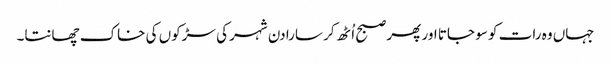
جہاں وہ رات کو سو جاتا اور پھر صبح اُٹھ کر سارا دن شہر کی سڑکوں کی خاک چھانتا۔